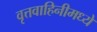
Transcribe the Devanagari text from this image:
वृत्तवाहिनीमध्ये